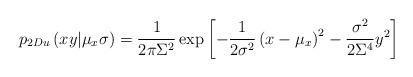
LaTeX: \begin{align*}p_{2Du}\left( xy|\mu_{x}\sigma\right) \overset{}{=}\frac{1}{2\pi\Sigma^{2}}\exp\left[ -\frac{1}{2\sigma^{2}}\left(x-\mu_{x}\right) ^{2}-\frac{\sigma^{2}}{2\Sigma^{4}}y^{2}\right] \end{align*}